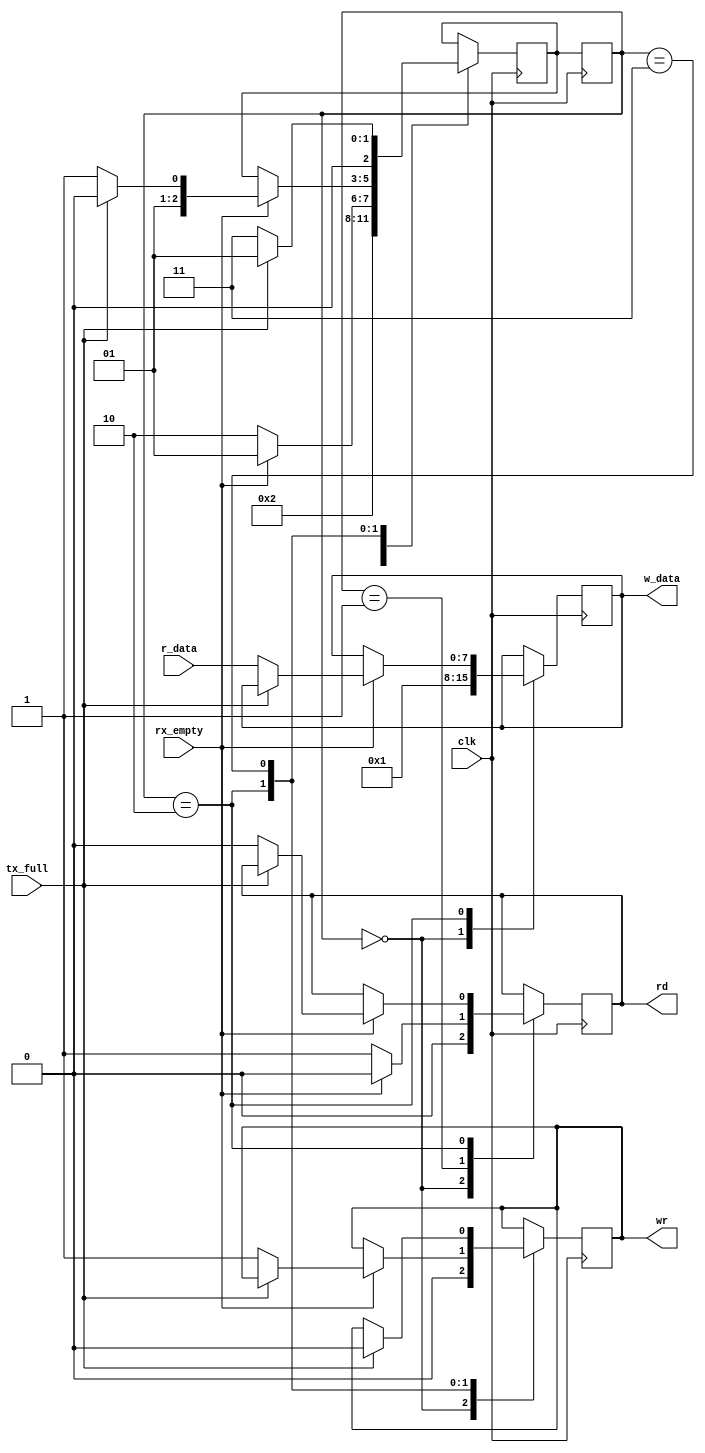
`timescale 1ns / 1ps
//////////////////////////////////////////////////////////////////////////////////
// Company: 
// Engineer: 
// 
// Design Name: 
// Module Name:    modulo_test 
// Project Name: 
// Target Devices: 
// Tool versions: 
// Description: 
//
// Dependencies: 
//
// Revision: 
// Revision 0.01 - File Created
// Additional Comments: 
//
//////////////////////////////////////////////////////////////////////////////////
module modulo_test
(
	input wire [7:0]r_data,
	input wire clk,
	input wire rx_empty,
	input wire tx_full,
	output reg [7:0]w_data,
	output reg rd,
	output reg wr
);
		
//Estados
localparam [2:0] START = 2'b00,
					  IDLE = 2'b01,
					  RECIBO = 2'b10,
					  ESPERO = 2'b11;
					  
					  
					  
//Variables internas
reg [7:0] buffer = 1;
reg [2:0] current_state = 3'b00;
reg [2:0] next_state = 3'b00;


always @(posedge clk)
begin
		current_state <= next_state;
end

		
always @(posedge clk) // always de logica de salida
begin
	case(current_state)
		START:
			begin
				w_data=buffer;
				rd = 0;
				wr = 0;
				next_state = IDLE;
			end
		IDLE: // estado inicial. Idle
				begin
					if(rx_empty == 0)
					begin
						rd=1;
						next_state = RECIBO;
					end
					else
					begin
						rd=0;
						next_state = IDLE;
					end
				end
		RECIBO: 
				begin
					//Espero que rx empty vuelva a 1
					if(rx_empty == 1)
					begin
						if(tx_full==0)
						begin
							w_data = r_data;
							wr = 1;
							rd = 0;
							next_state = ESPERO;
						end
						else
						begin
							next_state = RECIBO;
						end
					end
				end
		ESPERO: 
				begin
					if(tx_full == 1)
					begin
						wr = 0;
						next_state = IDLE;
					end
					else
					begin
						next_state = ESPERO;
					end
				end
	endcase
end//always de logica de salida
	
/*	
always @*
begin
	next_state = IDLE;
	case(current_state)
		START:
			begin
				next_state = IDLE;
			end
		IDLE:
			begin
				if(rd == 1)
					next_state = RECIBO;
				else
					next_state = IDLE;
			end
		RECIBO:
			begin
				//next_state = IDLE;
				if(wr==1)
					next_state = ESPERO;
				else
					next_state = RECIBO;
			end
		ESPERO:
			begin
				if(wr == 0)
					next_state = IDLE;
				else
					next_state = ESPERO;
			end
	endcase
end //always de logica cambio de estado
*/	

endmodule



/*
(
	input wire [7:0]r_data,
	input wire clk,
	input wire rx_empty,
	input wire tx_full,
	output reg [7:0]w_data,
	output reg rd,
	output reg wr
);
		
//Estados
localparam [2:0] IDLE = 2'b00,
					  RECIBO = 2'b01,
					  ESPERO = 2'b10;
					  
					  
					  
//Variables internas
reg [7:0] buffer = 1;
reg [2:0] current_state = 3'b00;
reg [2:0] next_state = 3'b00;


always @(posedge clk)
begin
		current_state <= next_state;
end

		
always @(posedge clk) // always de logica de salida
begin
	case(current_state)
		IDLE: // estado inicial. Idle
				begin
					if(rx_empty == 0)
						rd=1;
					else
						rd=0;
				end
		RECIBO: 
				begin
				w_data = r_data;
				
					//if(rx_empty==1)
					//begin
						//w_data = r_data;
						////wr = 1;
						////rd = 0;
					//end
					
				end
		ESPERO: 
				begin
					if(tx_full == 1)
						wr = 0;
				end
	endcase
end//always de logica de salida
	
always @*
begin
	next_state = IDLE;
	case(current_state)
		IDLE:
			begin
				if(rd == 1)
					next_state = RECIBO;
				else
					next_state = IDLE;
			end
		RECIBO:
			begin
				next_state = IDLE;
				
				//if(wr==1)
					//next_state = ESPERO;
					
			end
		ESPERO:
			begin
				if(wr == 0)
					next_state = IDLE;
			end
	endcase
end //always de logica cambio de estado
	


endmodule
*/